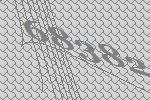
68382